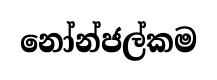
නෝන්ජල්කම